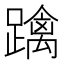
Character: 𨆓